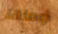
أوماها